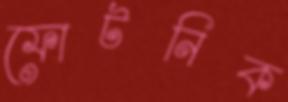
ফোটনিক